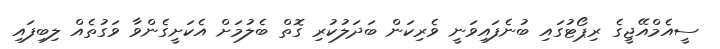
ސީއެމްއޭޖީގެ ރިޕޯޓުގައި ބުނެފައިވަނީ ވެރިކަން ބަދަލުކުރި ގޮތް ބެލުމަށް އެކަށީގެންވާ ވަގުތެއް ލިބިފައި